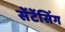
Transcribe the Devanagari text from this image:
सेंटेंसिंग